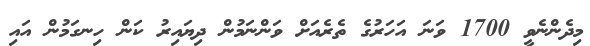
މިދެންނެވީ 1700 ވަނަ އަހަރުގެ ތެރެއަށް ވަންނަމުން ދިޔައިރު ކަން ހިނގަމުން އައި